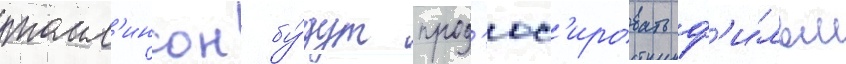
томл'инсон бу́дут прод'юс'ировать ф'и́льм